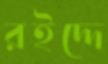
রইদ্দে